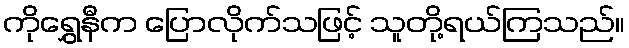
ကိုရွှေနီက ပြောလိုက်သဖြင့် သူတို့ရယ်ကြသည်။